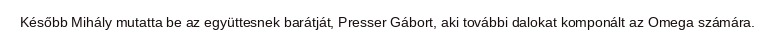
Később Mihály mutatta be az együttesnek barátját, Presser Gábort, aki további dalokat komponált az Omega számára.